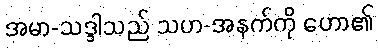
အမာ-သဒ္ဒါသည် သဟ-အနက်ကို ဟော၏